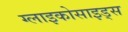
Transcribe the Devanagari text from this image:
ग्लाइकोसाइड्स